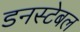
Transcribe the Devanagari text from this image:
डनस्टेबल